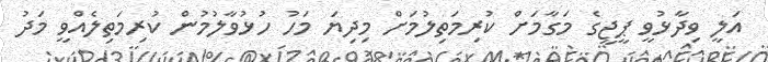
އަލީ ވިދާޅުވީ ޕީޖީގެ މަގާމަށް ކުރިމަތިލުމަށް މިދިޔަ މަހު ހުޅުވާލުމުން ކުރިމަތިލެއްވީ މަދު